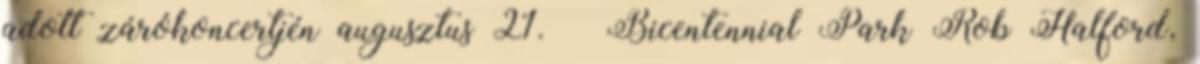
adott zárókoncertjén augusztus 21. – Bicentennial Park Rob Halford,